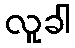
လူခါ